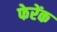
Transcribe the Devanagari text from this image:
फेरेंक